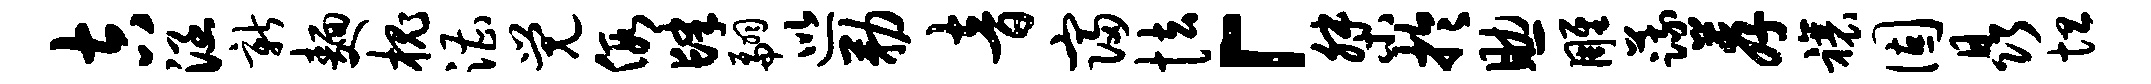
吉涵新面槐漕觉假肆翩巡勒音寝怯「桀於助雕蔬荐禳固晶坦